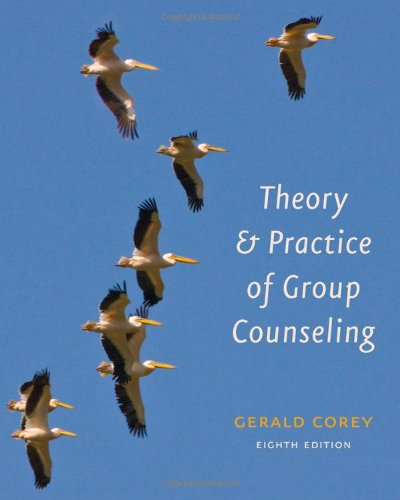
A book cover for Theory and Practice of Group Counseling; Gerald Corey; Medical Books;